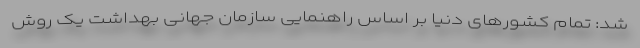
شد: تمام کشورهای دنیا بر اساس راهنمایی سازمان جهانی بهداشت یک روش